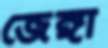
জেঙ্গা